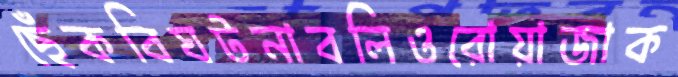
ছেঁকবিঘটনাবলিওরোয়াজাক